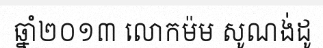
ឆ្នាំ២០១៣ លោកម៉ម សូណង់ដូ